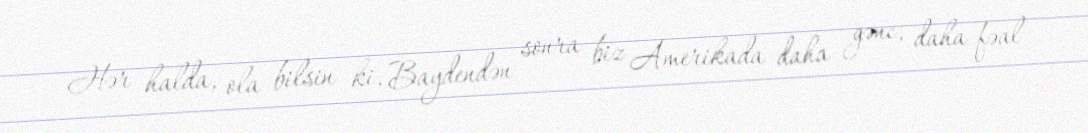
Hər halda, ola bilsin ki, Baydendən sonra biz Amerikada daha gənc, daha fəal